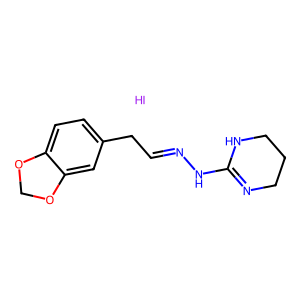
SMILES: C(Cc1ccc2c(c1)OCO2)=NNC1=NCCCN1.I
Inhibits HIV replication: No